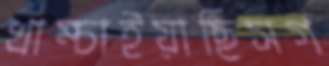
খাম্‌চাইয়াছিসগ